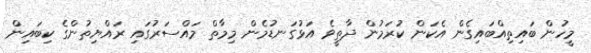
މީހުން ބައިތިއްބައިގެން އެކަން ކުރަމުން ދާތީވެ އަޅުގަނޑުމެން މިމާތް މައްސަރުގައި ރައްޔިތުންގެ ކިބައިން